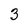
Character: 3